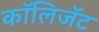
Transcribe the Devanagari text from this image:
कॉलिजॅट